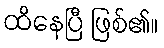
ထိနေပြီ ဖြစ်၏။